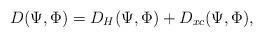
LaTeX: \begin{align*}D(\Psi, \Phi)&=D_H(\Psi, \Phi)+D_{xc}(\Psi, \Phi),\end{align*}